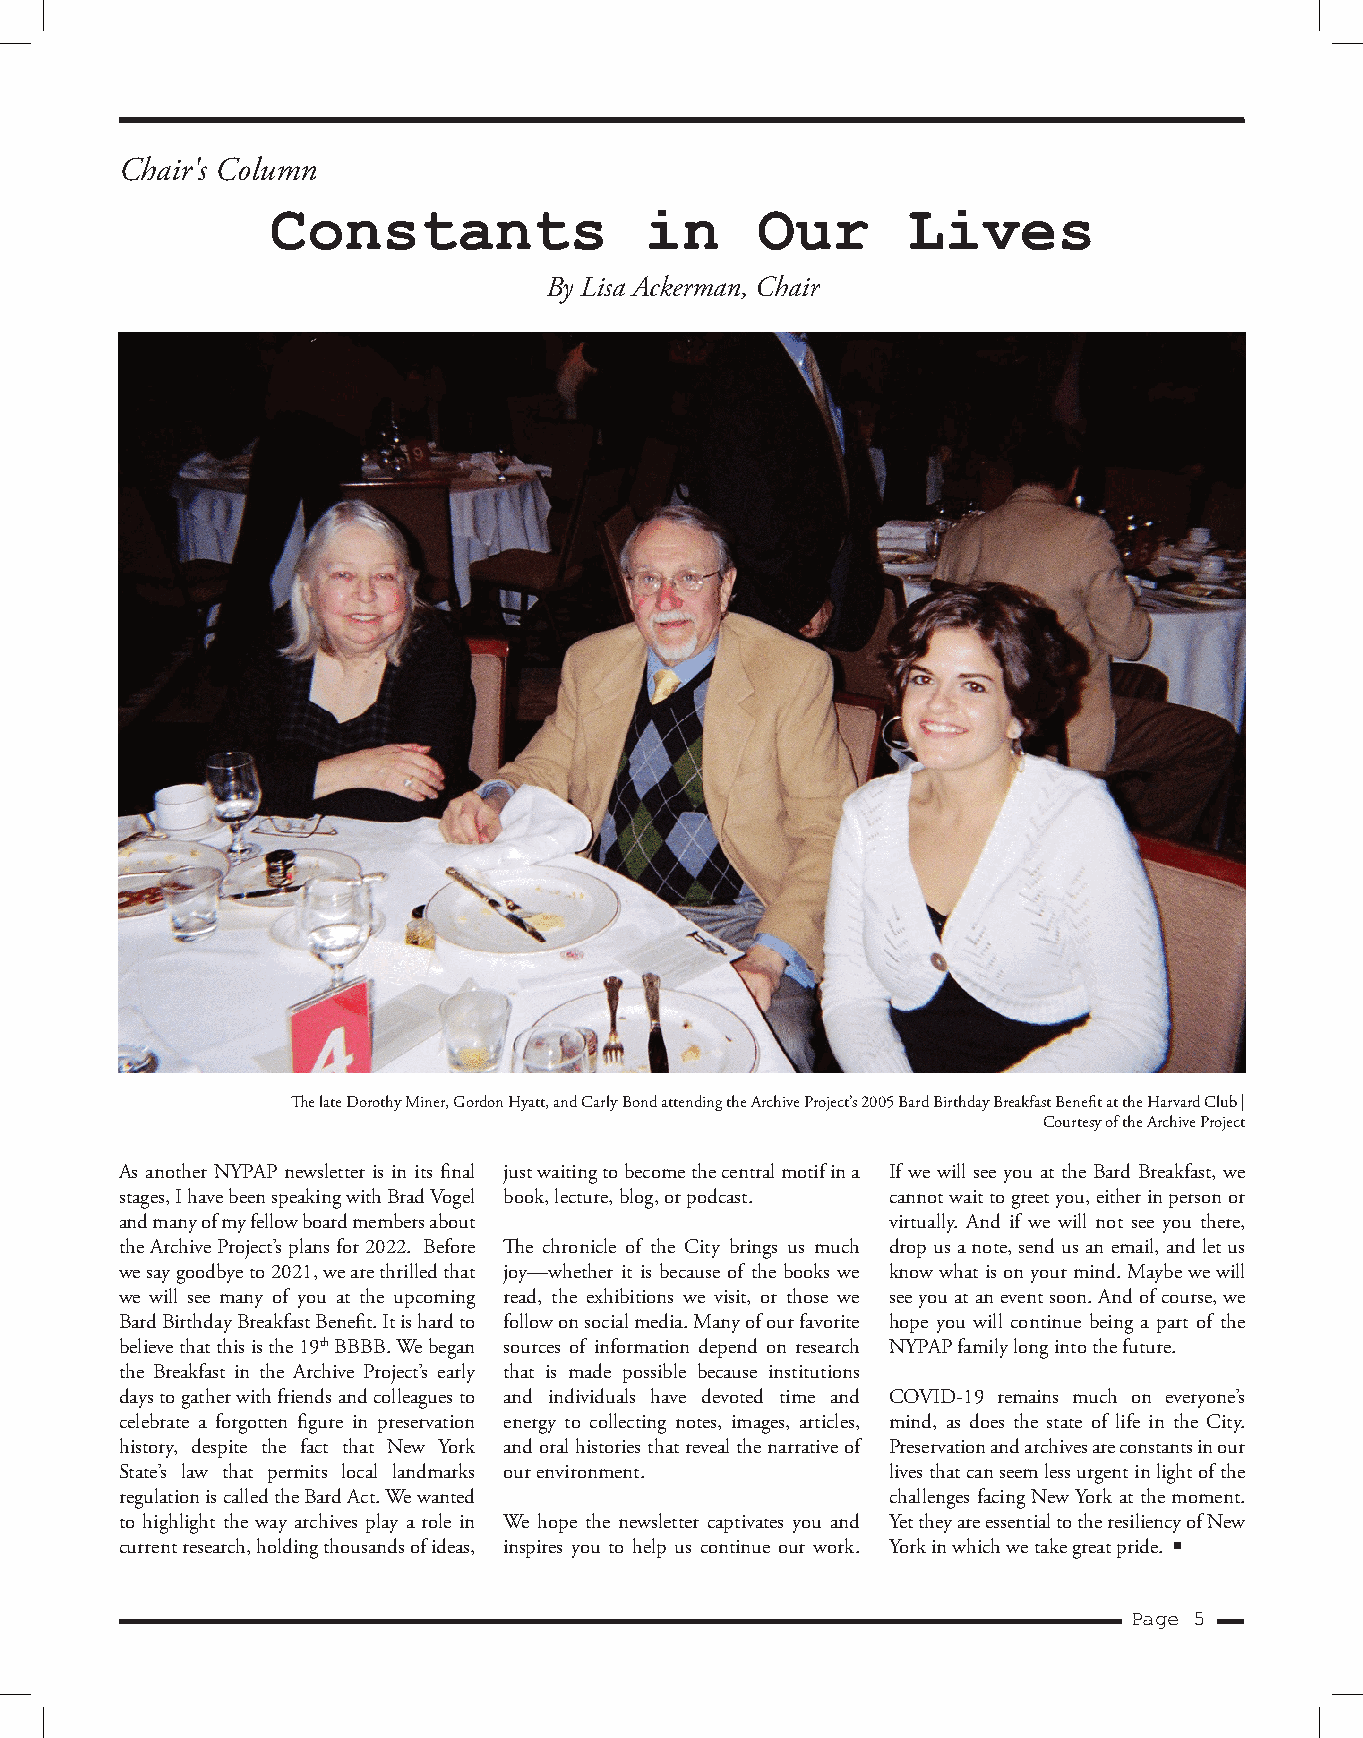
Chair's Column
 Constants                in     Our       Lives
 By Lisa Ackerman, Chair
 The late Dorothy Miner, Gordon Hyatt, and Carly Bond attending the Archive Project’s 2005 Bard Birthday Breakfast Benefit at the Harvard Club |
 Courtesy of the Archive Project
 As another NYPAP newsletter is in its final just waiting to become the central motif in a If we will see you at the Bard Breakfast, we
 stages, I have been speaking with Brad Vogel book, lecture, blog, or podcast. cannot wait to greet you, either in person or
 and many of my fellow board members about          virtually. And if we will not see you there,
 the Archive Project’s plans for 2022. Before The chronicle of the City brings us much drop us a note, send us an email, and let us
 we say goodbye to 2021, we are thrilled that joy—whether it is because of the books we know what is on your mind. Maybe we will
 we will see many of you at the upcoming read, the exhibitions we visit, or those we see you at an event soon. And of course, we
 Bard Birthday Breakfast Benefit. It is hard to follow on social media. Many of our favorite hope you will continue being a part of the
 believe that this is the 19th BBBB. We began sources of information depend on research NYPAP family long into the future.
 the Breakfast in the Archive Project’s early that is made possible because institutions
 days to gather with friends and colleagues to and individuals have devoted time and COVID-19 remains much on everyone’s
 celebrate a forgotten figure in preservation energy to collecting notes, images, articles, mind, as does the state of life in the City.
 history, despite the fact that New York and oral histories that reveal the narrative of Preservation and archives are constants in our
 State’s law that permits local landmarks our environment. lives that can seem less urgent in light of the
 regulation is called the Bard Act. We wanted       challenges facing New York at the moment.
 to highlight the way archives play a role in We hope the newsletter captivates you and Yet they are essential to the resiliency of New
 current research, holding thousands of ideas, inspires you to help us continue our work. York in which we take great pride.
 Page 5